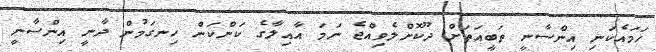
ހަމައެކަނި އިންސާނީ ތަބީއަތަށް ދޫކޮށްލެވިއްޖެ ނަމަ އާއިލާގެ ކަންކަން ހިނގަމުން ދާނީ އިންސާނީ